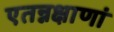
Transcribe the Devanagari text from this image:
एतन्नक्षाणां